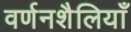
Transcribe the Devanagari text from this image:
वर्णनशैलियाँ